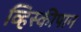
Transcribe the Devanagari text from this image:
व्हिस्कीपान